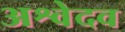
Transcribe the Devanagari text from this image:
अश्वेदव